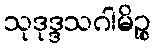
သုဒုဒ္ဒသဂါမိဉ္စ